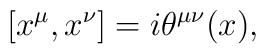
[x^{\mu },x^{\nu }] = i\theta ^{\mu \nu }(x),